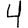
Digit: 4